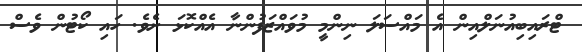
ޓްރައިބިއުނަލްއިން އެ މައްސަލަ ނިންމީ މުވައްޒަފުންނާ އެއްކޮޅަ ށެވެ. ހައި ކޯޓުން ވެސް